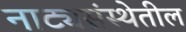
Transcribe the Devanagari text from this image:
नाट्यसंस्थेतील